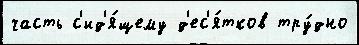
часть с'ид'я́щему д'ес'я́тков тру́дно